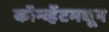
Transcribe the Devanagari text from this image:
कॉन्व्हेंटमधून